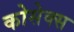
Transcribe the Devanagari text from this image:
कोसेक्स